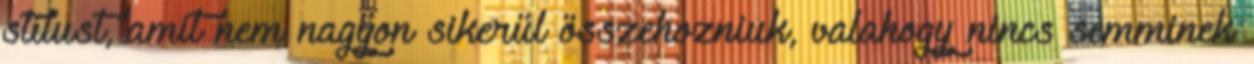
stílust, amit nem nagyon sikerül összehozniuk, valahogy nincs semminek